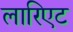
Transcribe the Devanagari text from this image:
लारिएट